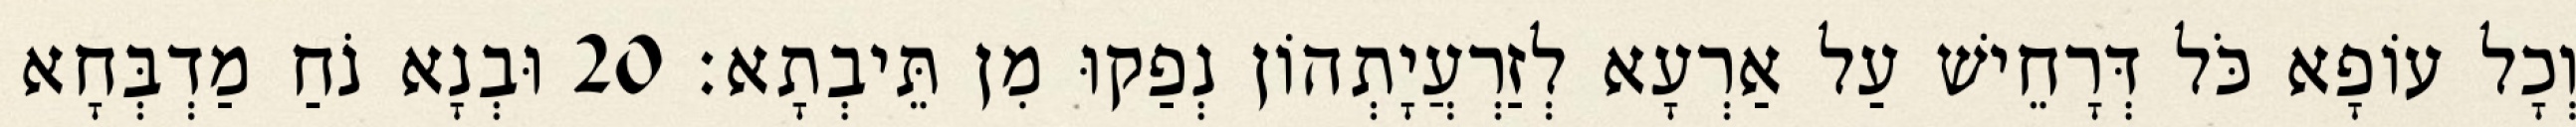
וְכָל עוֹפָא כֹּל דְּרָחֵישׁ עַל אַרְעָא לְזַרְעֲיָתְהוֹן נְפַקוּ מִן תֵּיבְתָא׃ 20 וּבְנָא נֹחַ מַדְבְּחָא